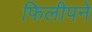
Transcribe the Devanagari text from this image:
फिलीपने